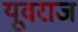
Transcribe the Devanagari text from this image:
यूवराज